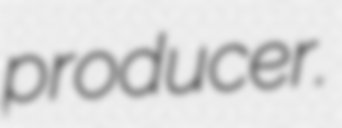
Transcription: producer.